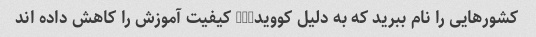
کشورهایی را نام ببرید که به دلیل کووید-19 کیفیت آموزش را کاهش داده اند